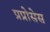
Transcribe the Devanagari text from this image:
प्रप्रोसेस